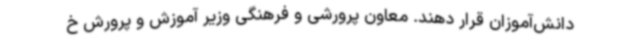
دانش‌آموزان قرار دهند. معاون پرورشی و فرهنگی وزیر آموزش و پرورش خ